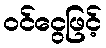
ဝင်ငွေဖြင့်